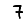
Digit: 7